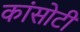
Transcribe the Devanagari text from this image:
कांसोटी